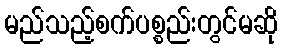
မည်သည့်စက်ပစ္စည်းတွင်မဆို